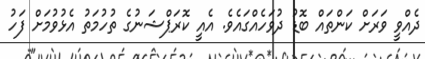
ދެއްވީ ވަރަށް ކަންތައް ބޮޑު ދުވަހެއްގައެވެ. އެއީ ކޮރަޕްޝަނުގެ ތުހުމަތު އެޅުވުމަށް ފަހު